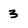
Character: 3